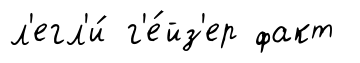
л'егл'и́ г'е́йз'ер факт